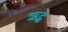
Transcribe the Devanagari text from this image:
ऋद्ध